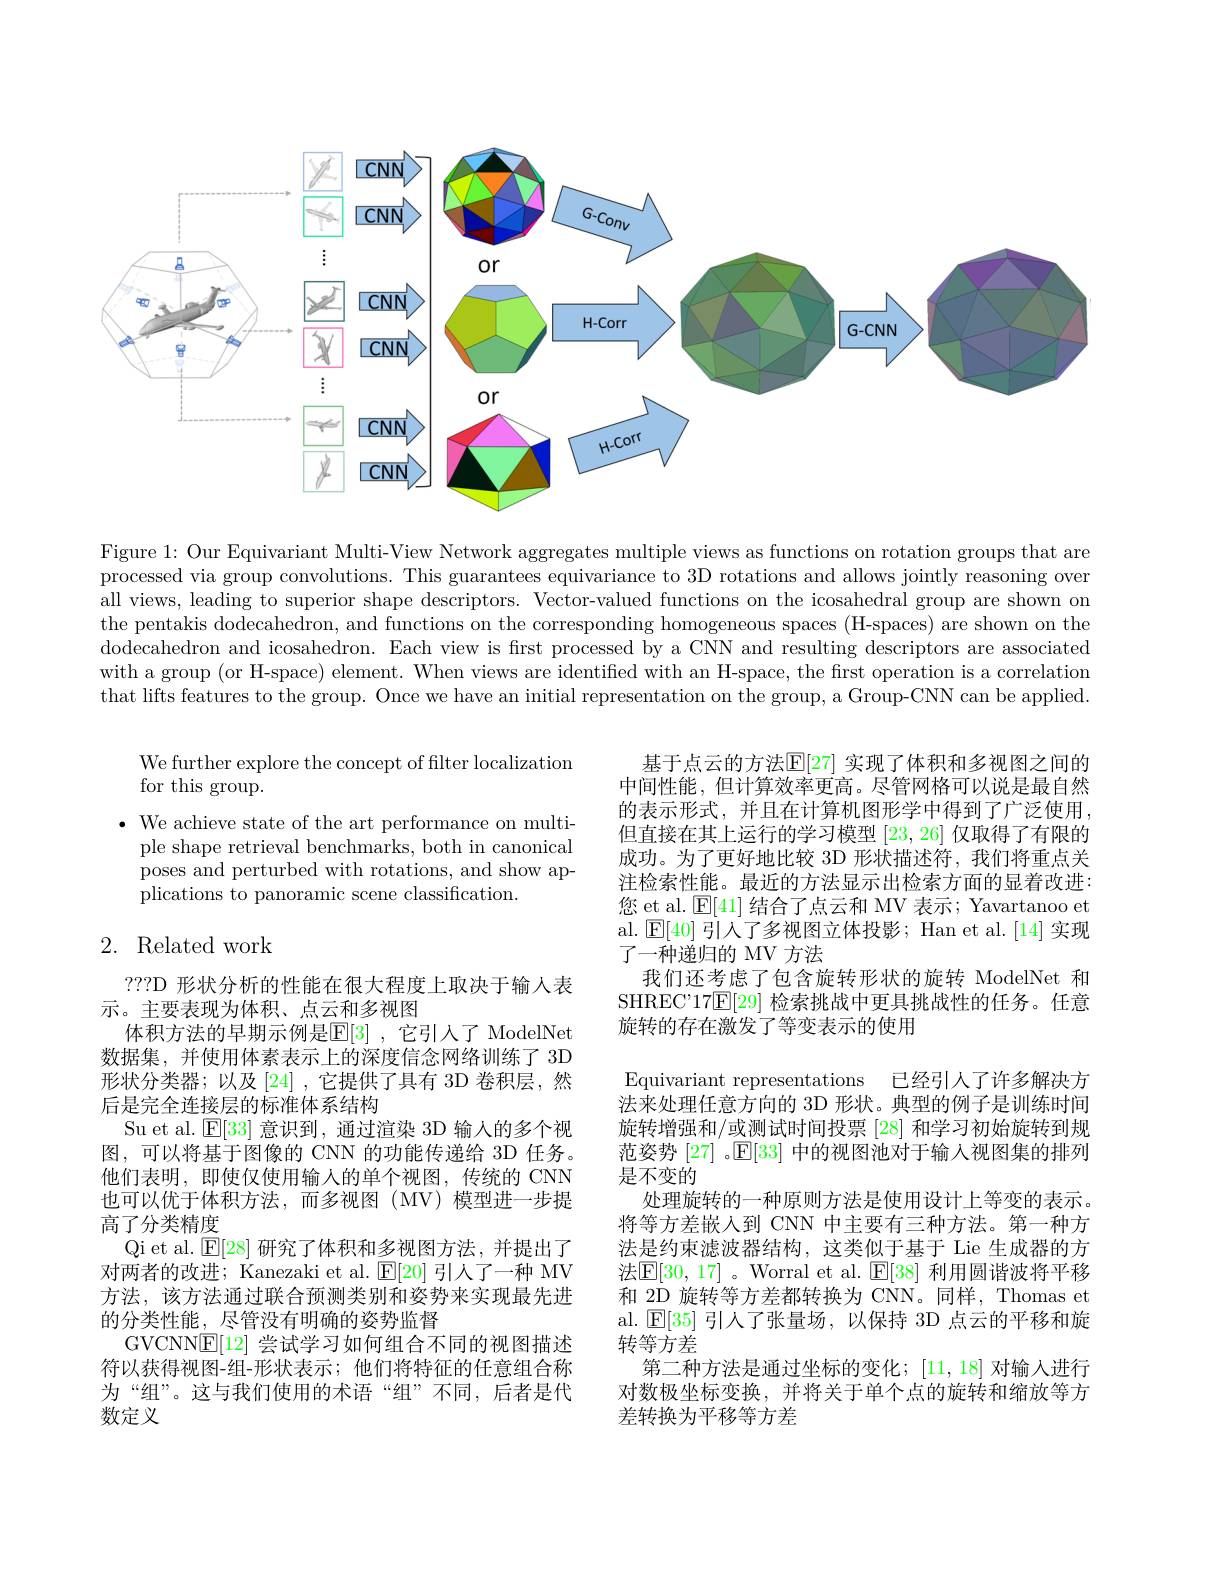
<FigureHere>

Figure 1: Our Equivariant Multi-View Network aggregates multiple views as functions on rotation groups that are processed via group convolutions. This guarantees equivariance to 3D rotations and allows jointly reasoning over all views, leading to superior shape descriptors. Vector-valued functions on the icosahedral group are shown on the pentakis dodecahedron, and functions on the corresponding homogeneous spaces (H-spaces) are shown on the $\dot{\text{dodecahedron and icosahedron. Each view is fırst processed by a CNN and resulting descriptors are associated}}$ with a group (or H-space) element. When views are identifed with an H-space, the first operation is a correlation that lifts features to the group. Once we have an initial representation on the group, a Group-CNN can be applied.

We further explore the concept of filter localization
for this group.
$\bullet$ We achieve state of the art performance on multi-
ple shape retrieval benchmarks, both in canonical poses and perturbed with rotations, and show applications to panoramic scene classification.

基于点云的方法$\mathbb{E}[27]$ 实现了体积和多视图之间的中间性能，但计算效率更高。尽管网格可以说是最自然的表示形式，并且在计算机图形学中得到了广泛使用， 但直接在其上运行的学习模型[23,26]仅取得了有限的成功。为了更好地比较 3D 形状描述符，我们将重点关注检索性能。最近的方法显示出检索方面的显着改进： 您 et al. $\mathbb{E}[41]$结合了点云和 MV 表示；Yavartanoo et al. $\operatorname{E}[40]$引人了多视图立体投影；Han et al.[14]实现了一种递归的 MV 方法
我们还考虑了包含旋转形状的旋转 ModelNet 和SHREC'17$\mathbb{E}[29]$检索挑战中更具挑战性的任务。任意旋转的存在激发了等变表示的使用

## 2. Related work

???D 形状分析的性能在很大程度上取决于输入表
示。主要表现为体积、点云和多视图
体积方法的早期示例是$\mathbb{E}[3]$ ,它引入了 ModelNet 数据集，并使用体素表示上的深度信念网络训练了 3D 形状分类器；以及[24],它提供了具有 3D 卷积层，然后是完全连接层的标准体系结构
Su et al. $\mathbb{E}[33]$意识到，通过渲染 3D 输入的多个视图，可以将基于图像的 CNN 的功能传递给 3D 任务。他们表明，即使仅使用输入的单个视图，传统的 CNN 也可以优于体积方法，而多视图(MV)模型进一步提高了分类精度
Qi et al. $\mathbb{E}[28]$研究了体积和多视图方法，并提出了对两者的改进；Kanezaki et al. $\mathbb{E}[20]$引人了一种 MV 方法，该方法通过联合预测类别和姿势来实现最先进的分类性能，尽管没有明确的姿势监督
GVCNN$\boxed{\mathrm{E}}[12]$尝试学习如何组合不同的视图描述符以获得视图-组-形状表示；他们将特征的任意组合称为“组”。这与我们使用的术语“组”不同，后者是代数定义

Equivariant representations 已经引人了许多解决方法来处理任意方向的 3D 形状。典型的例子是训练时间旋转增强和/或测试时间投票[28]和学习初始旋转到规范姿势[27] 。$\mathbb{E}[33]$中的视图池对于输入视图集的排列是不变的
处理旋转的一种原则方法是使用设计上等变的表示。将等方差嵌入到 CNN 中主要有三种方法。第一种方法是约束滤波器结构，这类似于基于 Lie 生成器的方法$\boxed{\mathrm{E}}[30,17]$ 。Worral et al. $\boxed{\mathrm{E}}[38]$ 利用圆谐波将平移和 2D 旋转等方差都转换为 CNN。同样，Thomas et al. $\mathbb{E}[35]$引人了张量场，以保持 3D 点云的平移和旋转等方差
第二种方法是通过坐标的变化；[11,18]对输人进行对数极坐标变换，并将关于单个点的旋转和缩放等方差转换为平移等方差